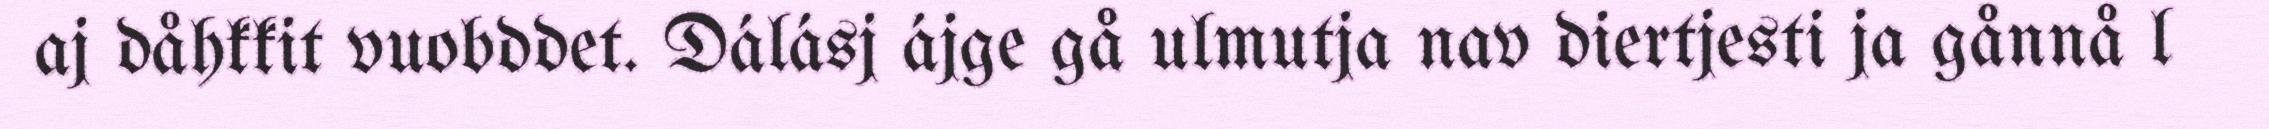
aj dåhkkit vuobddet. Dálásj ájge gå ulmutja nav diertjesti ja gånnå l